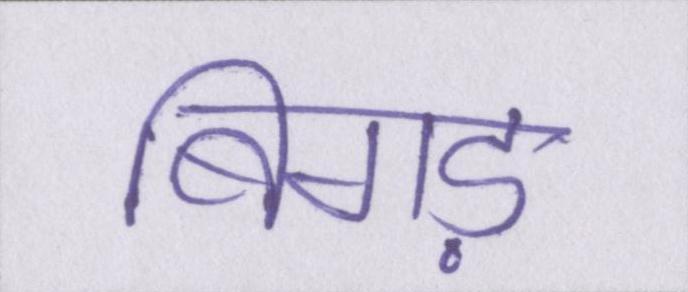
बिगड़